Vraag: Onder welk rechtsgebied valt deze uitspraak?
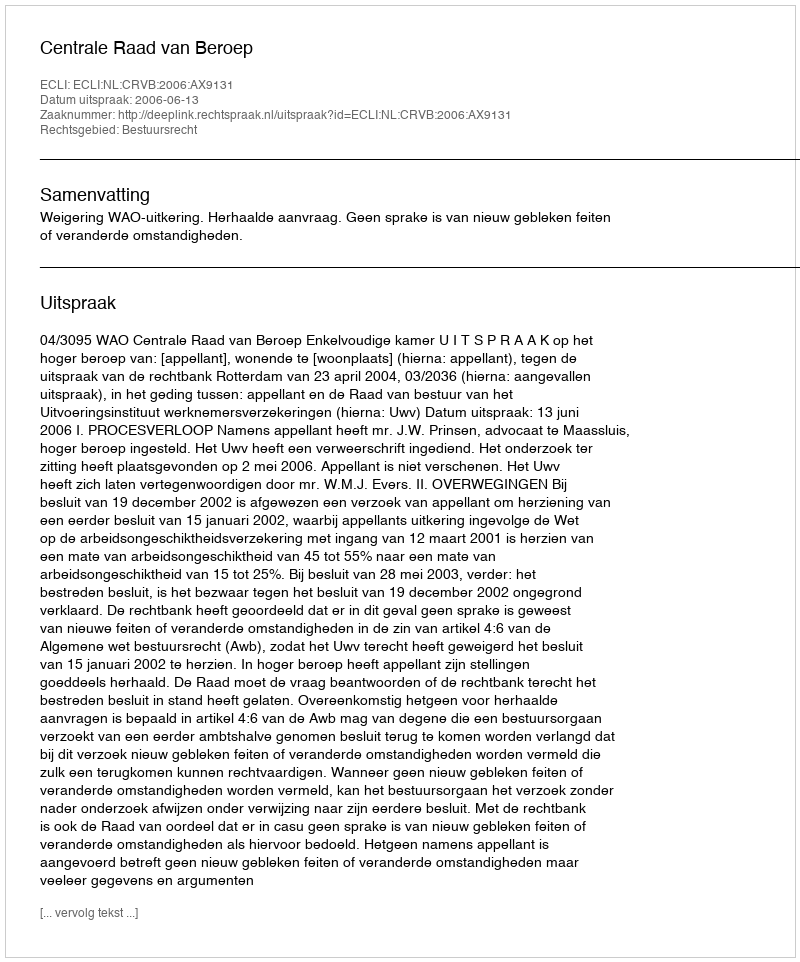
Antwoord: Bestuursrecht